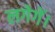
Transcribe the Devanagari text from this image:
लगेगें।